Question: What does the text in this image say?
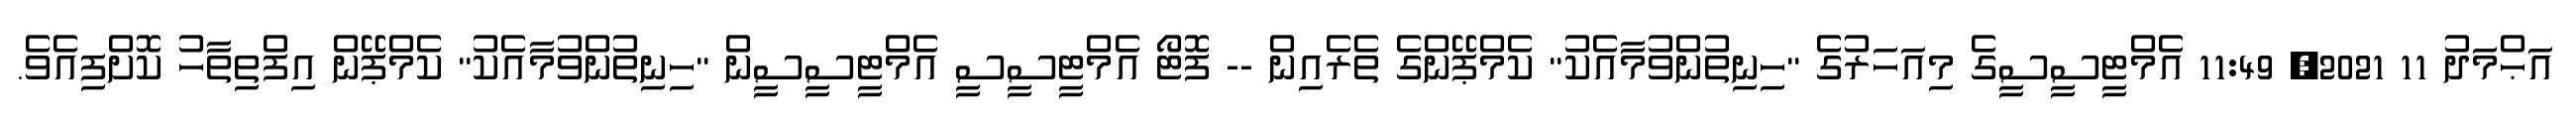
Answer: އަޙްމަދު 11 2021, 11:49 އެމްޓީސީސީގެ މިއަހަރުގެ "ހިނިތުންވުމާއެކު" ކެމްޕޭންގެ ތެރެއިން -- ފޮޓޯ އެމްޓީސީސީ އެމްޓީސީސީން "ހިނިތުންވުމާއެކު" ކެމްޕޭން އިފްތިތާހު ކޮށްފިއެވެ.